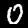
Label: 0